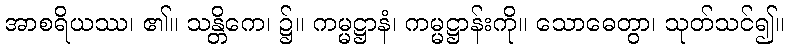
အာစရိယဿ၊ ၏။ သန္တိကေ၊ ၌။ ကမ္မဋ္ဌာနံ၊ ကမ္မဋ္ဌာန်းကို။ သောဓေတွာ၊ သုတ်သင်၍။